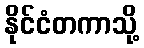
နိုင်ငံတကာသို့